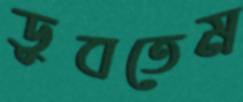
ডুবতেম